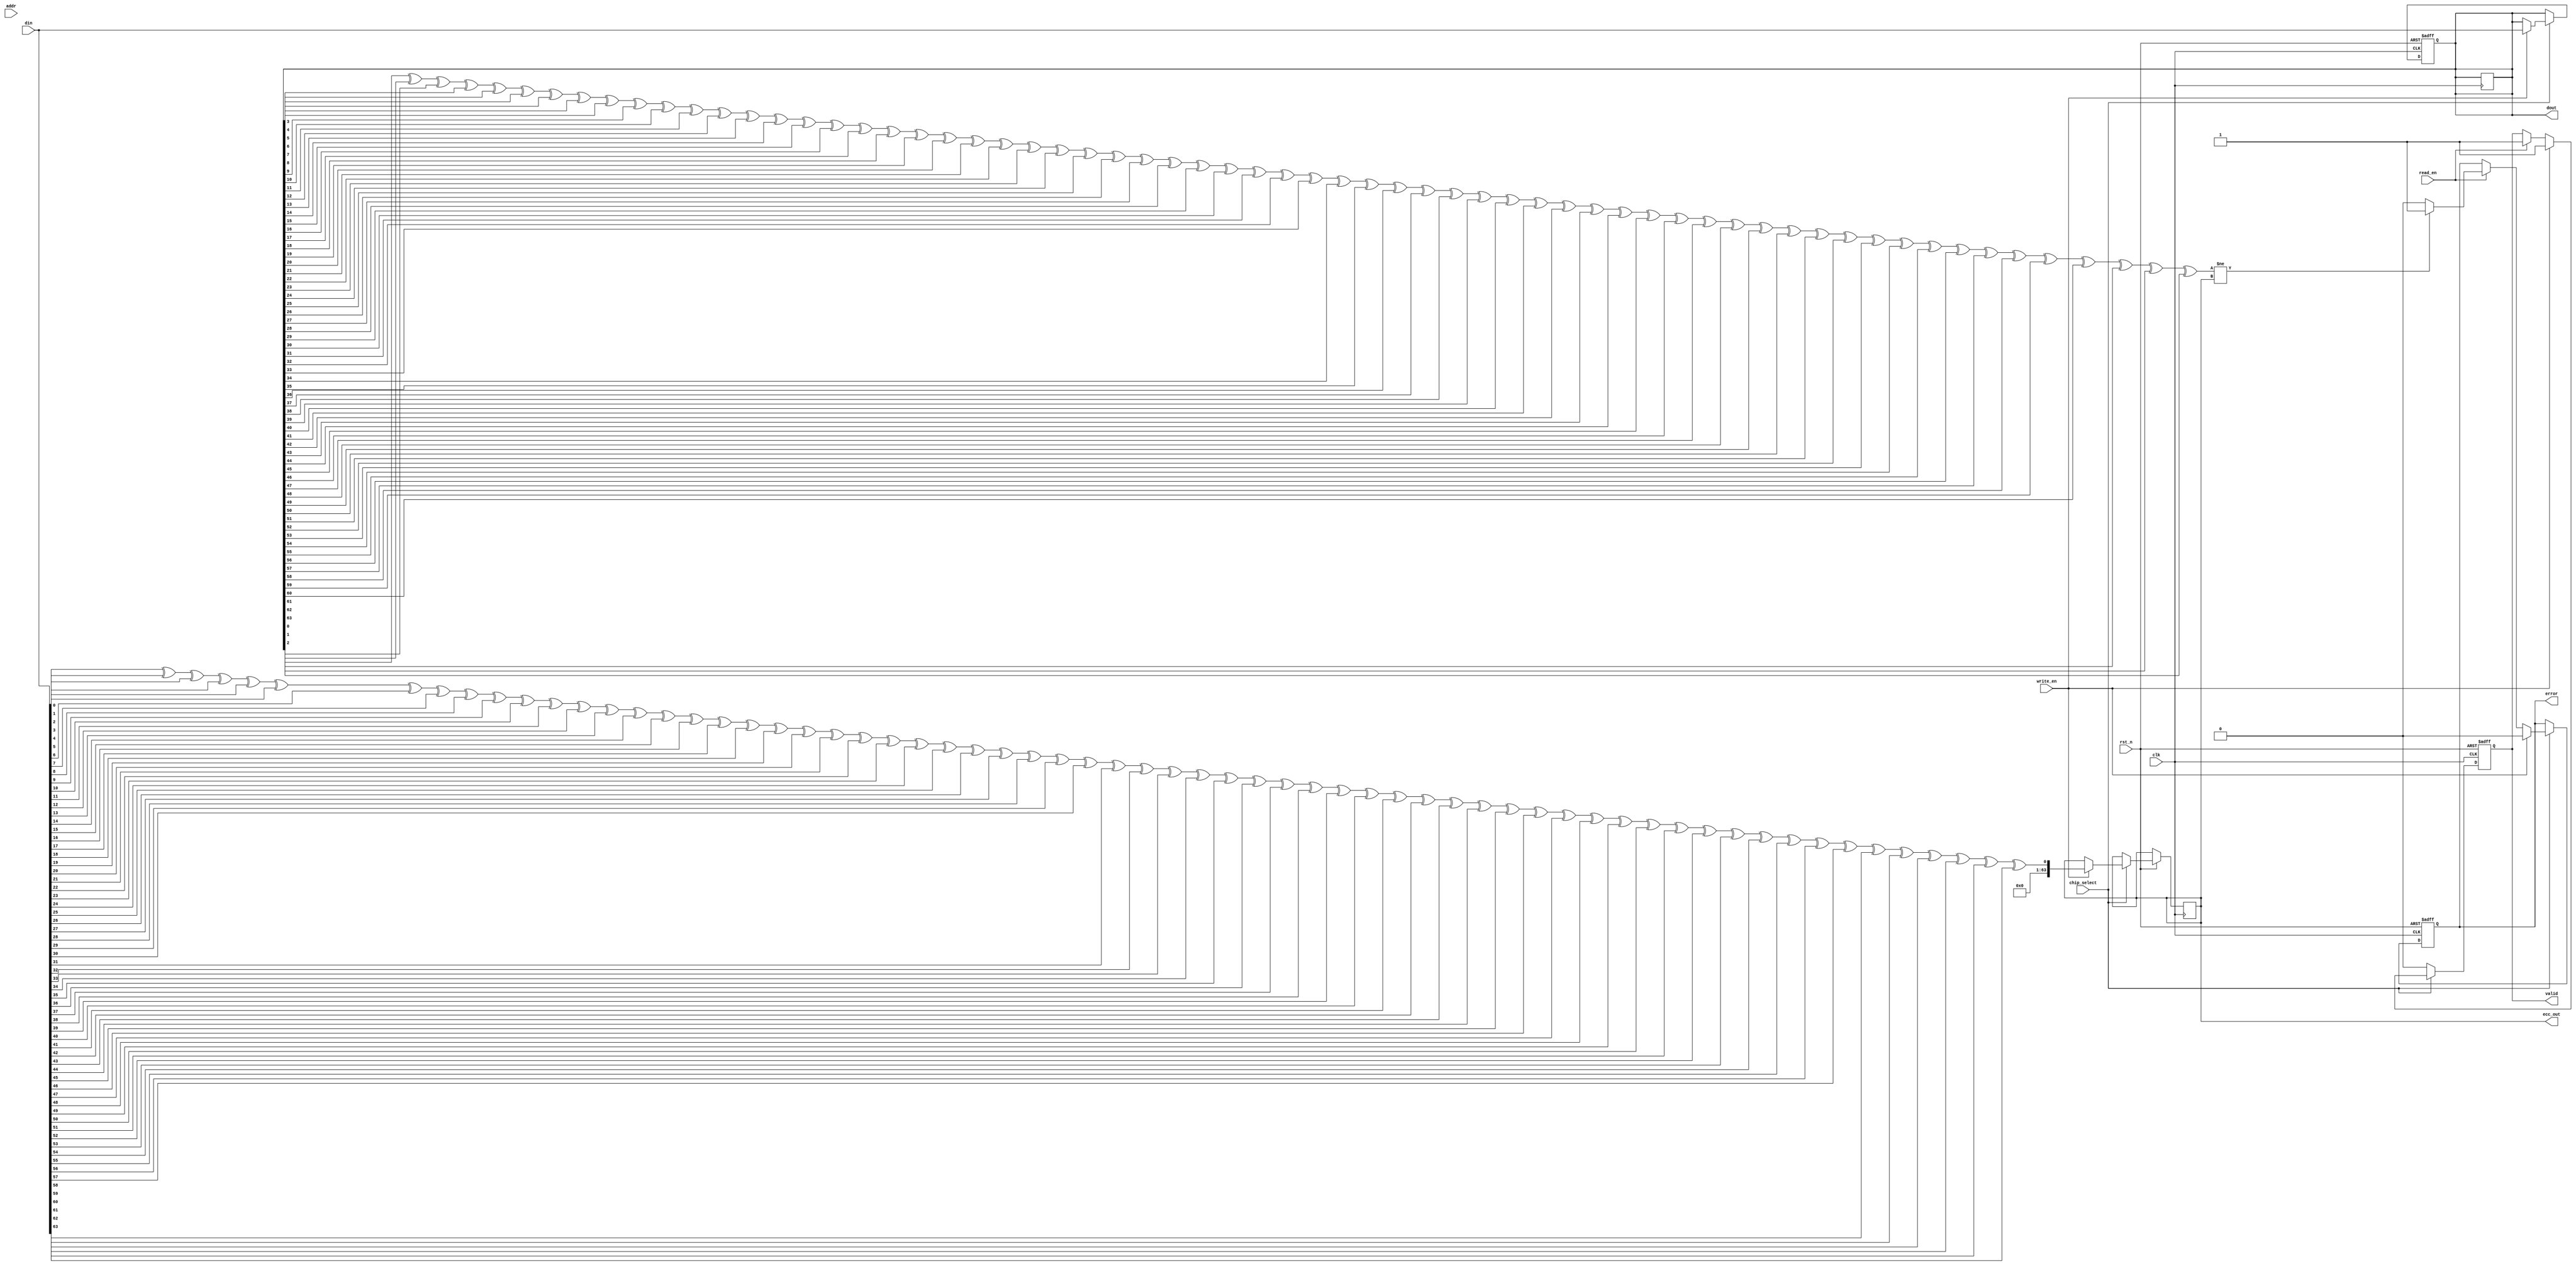
module IO_Block (
    input wire clk,                   // System clock
    input wire rst_n,                 // Active low reset
    input wire [DATA_WIDTH-1:0] din,  // Data input
    output wire [DATA_WIDTH-1:0] dout, // Data output
    input wire [ADDR_WIDTH-1:0] addr, // Address input
    input wire read_en,               // Read enable
    input wire write_en,              // Write enable
    input wire chip_select,            // Chip select
    output wire valid,                // Data valid signal
    output wire error,                // Error signal
    output wire [DATA_WIDTH-1:0] ecc_out // ECC output
);

parameter DATA_WIDTH = 64;          // Width of the data bus
parameter ADDR_WIDTH = 16;          // Width of the address bus

// Internal signals
reg [DATA_WIDTH-1:0] data_buffer;   // Buffer for data
reg [DATA_WIDTH-1:0] ecc_buffer;     // Buffer for ECC
reg valid_reg;                       // Register for valid signal
reg error_reg;                       // Register for error signal

// ECC Generation (Simple parity for demonstration)
function [DATA_WIDTH-1:0] generate_ecc;
    input [DATA_WIDTH-1:0] data;
    integer i;
    begin
        generate_ecc = 0;
        for (i = 0; i < DATA_WIDTH; i = i + 1) begin
            generate_ecc = generate_ecc ^ data[i]; // Simple XOR for parity
        end
    end
endfunction

// I/O Buffer Logic
always @(posedge clk or negedge rst_n) begin
    if (!rst_n) begin
        data_buffer <= 0;
        valid_reg <= 0;
        error_reg <= 0;
    end else if (chip_select) begin
        if (write_en) begin
            data_buffer <= din; // Write data to buffer
            ecc_buffer <= generate_ecc(din); // Generate ECC
            valid_reg <= 1; // Data is valid
            error_reg <= 0; // No error
        end else if (read_en) begin
            dout <= data_buffer; // Read data from buffer
            valid_reg <= 1; // Data is valid
            // Check for ECC error (simple parity check)
            if (generate_ecc(data_buffer) != ecc_buffer) begin
                error_reg <= 1; // Set error if ECC does not match
            end else begin
                error_reg <= 0; // Clear error
            end
        end
    end else begin
        valid_reg <= 0; // Clear valid signal if not selected
    end
end

assign dout = data_buffer; // Output data
assign valid = valid_reg; // Output valid signal
assign error = error_reg; // Output error signal
assign ecc_out = ecc_buffer; // Output ECC

endmodule